Scottish Leaving Certificate Examination, 1961
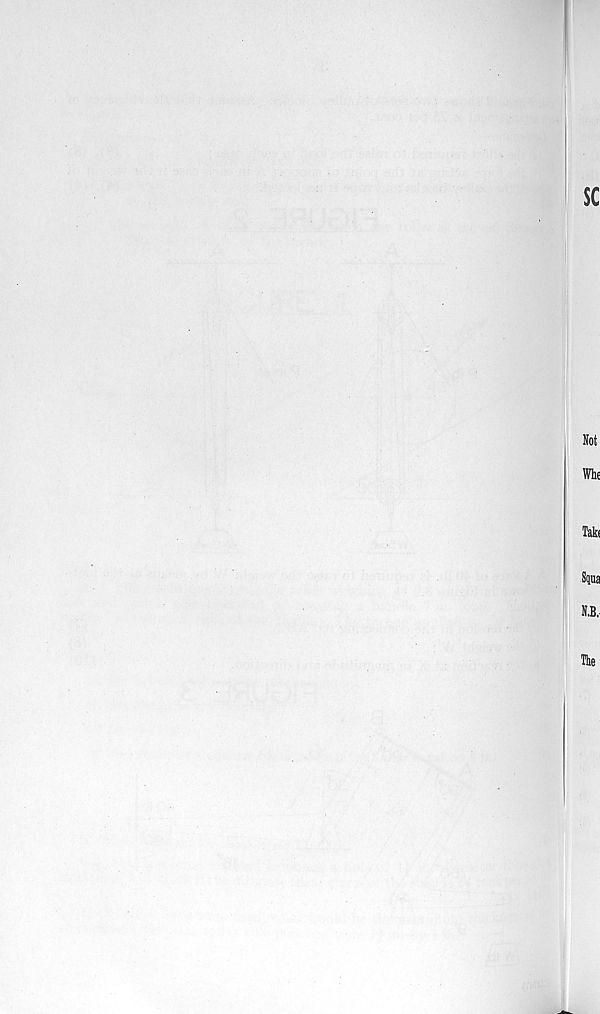
sc
Not
Whe
Tab
Squa
N.B.
The